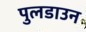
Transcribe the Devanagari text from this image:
पुलडाउन